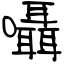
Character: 囁